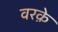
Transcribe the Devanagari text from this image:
वरक़े